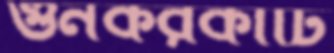
গুনকরকাটি